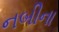
નબીના